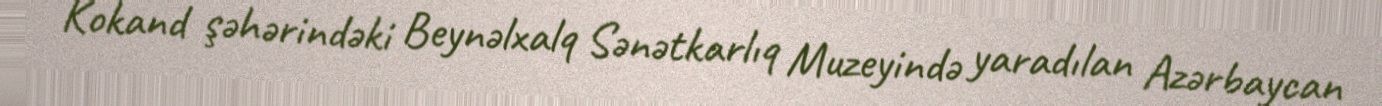
Kokand şəhərindəki Beynəlxalq Sənətkarlıq Muzeyində yaradılan Azərbaycan